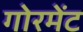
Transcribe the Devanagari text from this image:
गोरमेंट